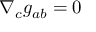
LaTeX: \nabla _ { c } g _ { a b } = 0